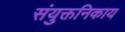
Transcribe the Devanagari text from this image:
संयुक्तनिकाय